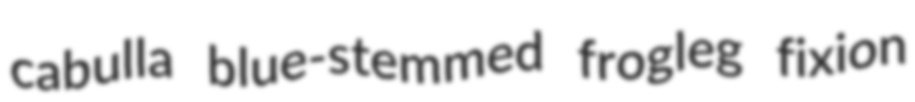
cabulla blue-stemmed frogleg fixion